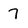
Character: 7